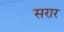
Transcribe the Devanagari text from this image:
सरार